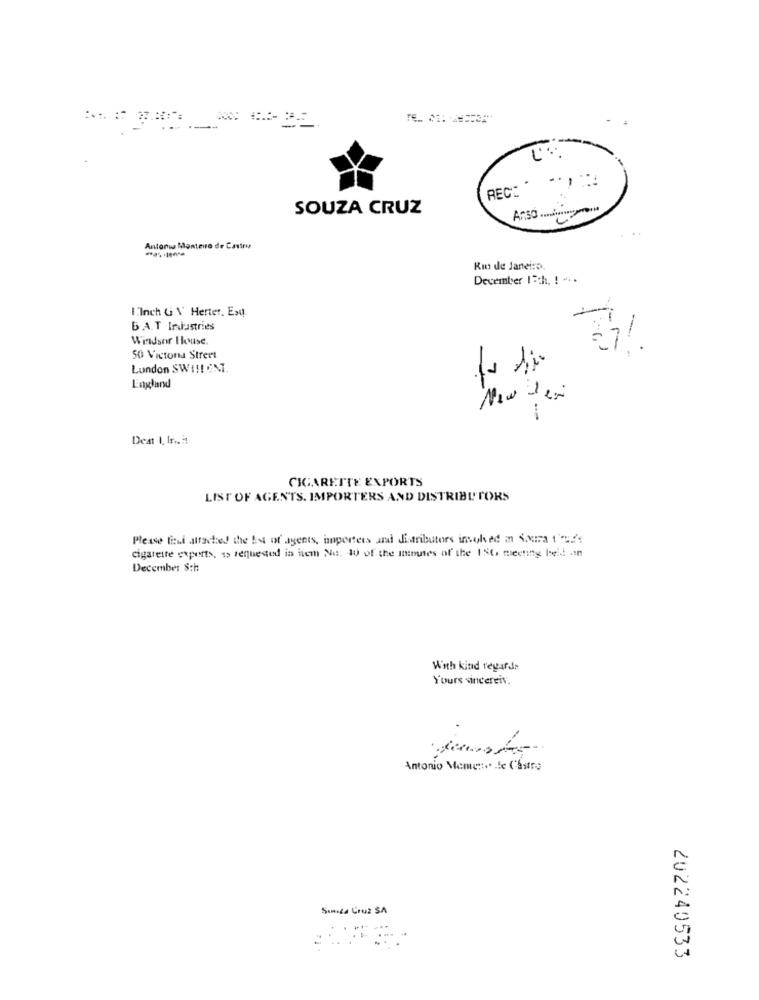
--
RECE *
SOUZA CRUZ
Antoni Monteiro de Castros
Rin de Janeiro.
December 13th, ! ...
1Inch G \' Herter, Exq.
BAT Industries
Windsor Ilouse.
.r
50 Victona Street
London SWI !! UNI.
England
Deat 1. In .. it
CIGARETTE EXPORTS
LIST OF AGENTS. IMPORTERS AND DISTRIBUTORS
Please fisi attached the best of agents, inporters and distributors involved in S.uma t'!'
cigarette experts, 1 requested is item No. 40 of the inmunes of the 1St, meeting held! . in
December 8th
With kind regards
Yours sincereis.
Antonio Meme ::.. . le ('Sstro
Sında Cruz SA
202240533